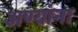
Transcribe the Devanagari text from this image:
अण्यांना